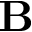
{ \bf B }